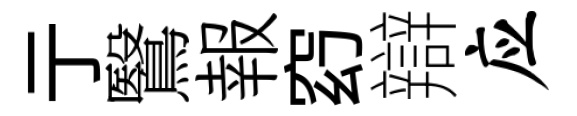
亍鷖報𥥆辯应